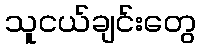
သူငယ်ချင်းတွေ